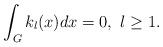
LaTeX: \begin{align*}\int_{G}k_l(x)dx=0,\,\,l\geq 1.\end{align*}